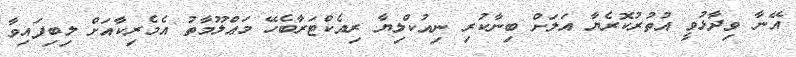
އޭނާ ވިދާޅުވީ އުތުރުކޮރެޔާ އަލަށް ބިނާކުރި ނިއުކްލިޔާ ރިއެކްޓަރާބެހޭ މަޢްލޫމާތު އެމެރިކާއަށް ލިބިފައިވާ